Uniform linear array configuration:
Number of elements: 16
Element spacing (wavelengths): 0.25
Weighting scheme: kaiser
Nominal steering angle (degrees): -60
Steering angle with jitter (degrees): -61.757
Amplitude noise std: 0.05
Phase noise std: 0.05

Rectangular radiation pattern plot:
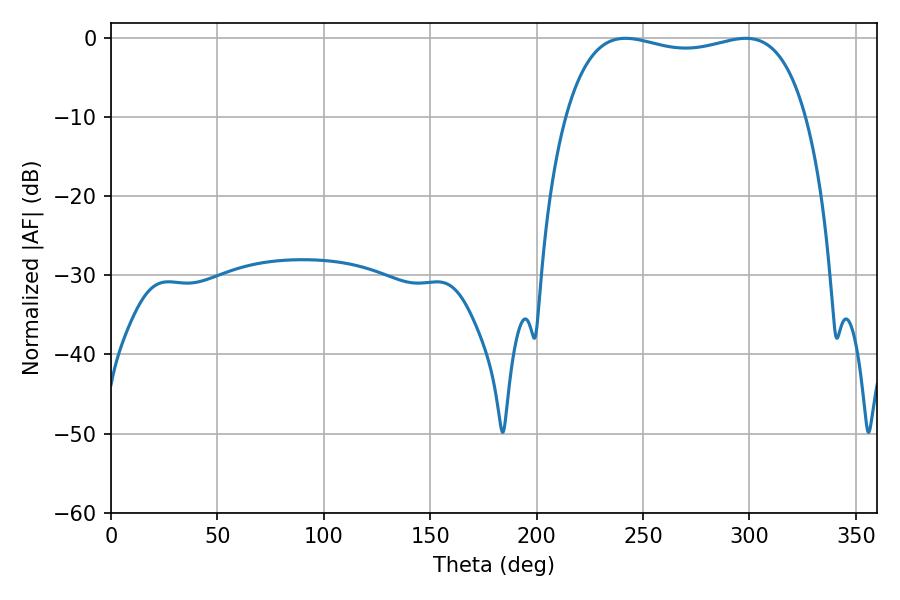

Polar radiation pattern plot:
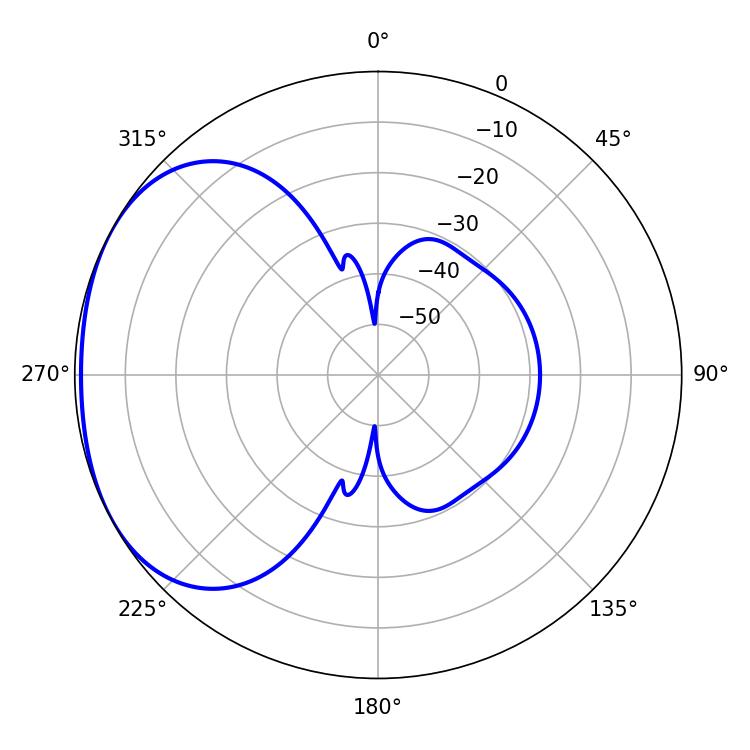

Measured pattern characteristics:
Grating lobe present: FALSE
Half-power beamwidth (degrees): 91.8
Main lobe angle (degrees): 241.74